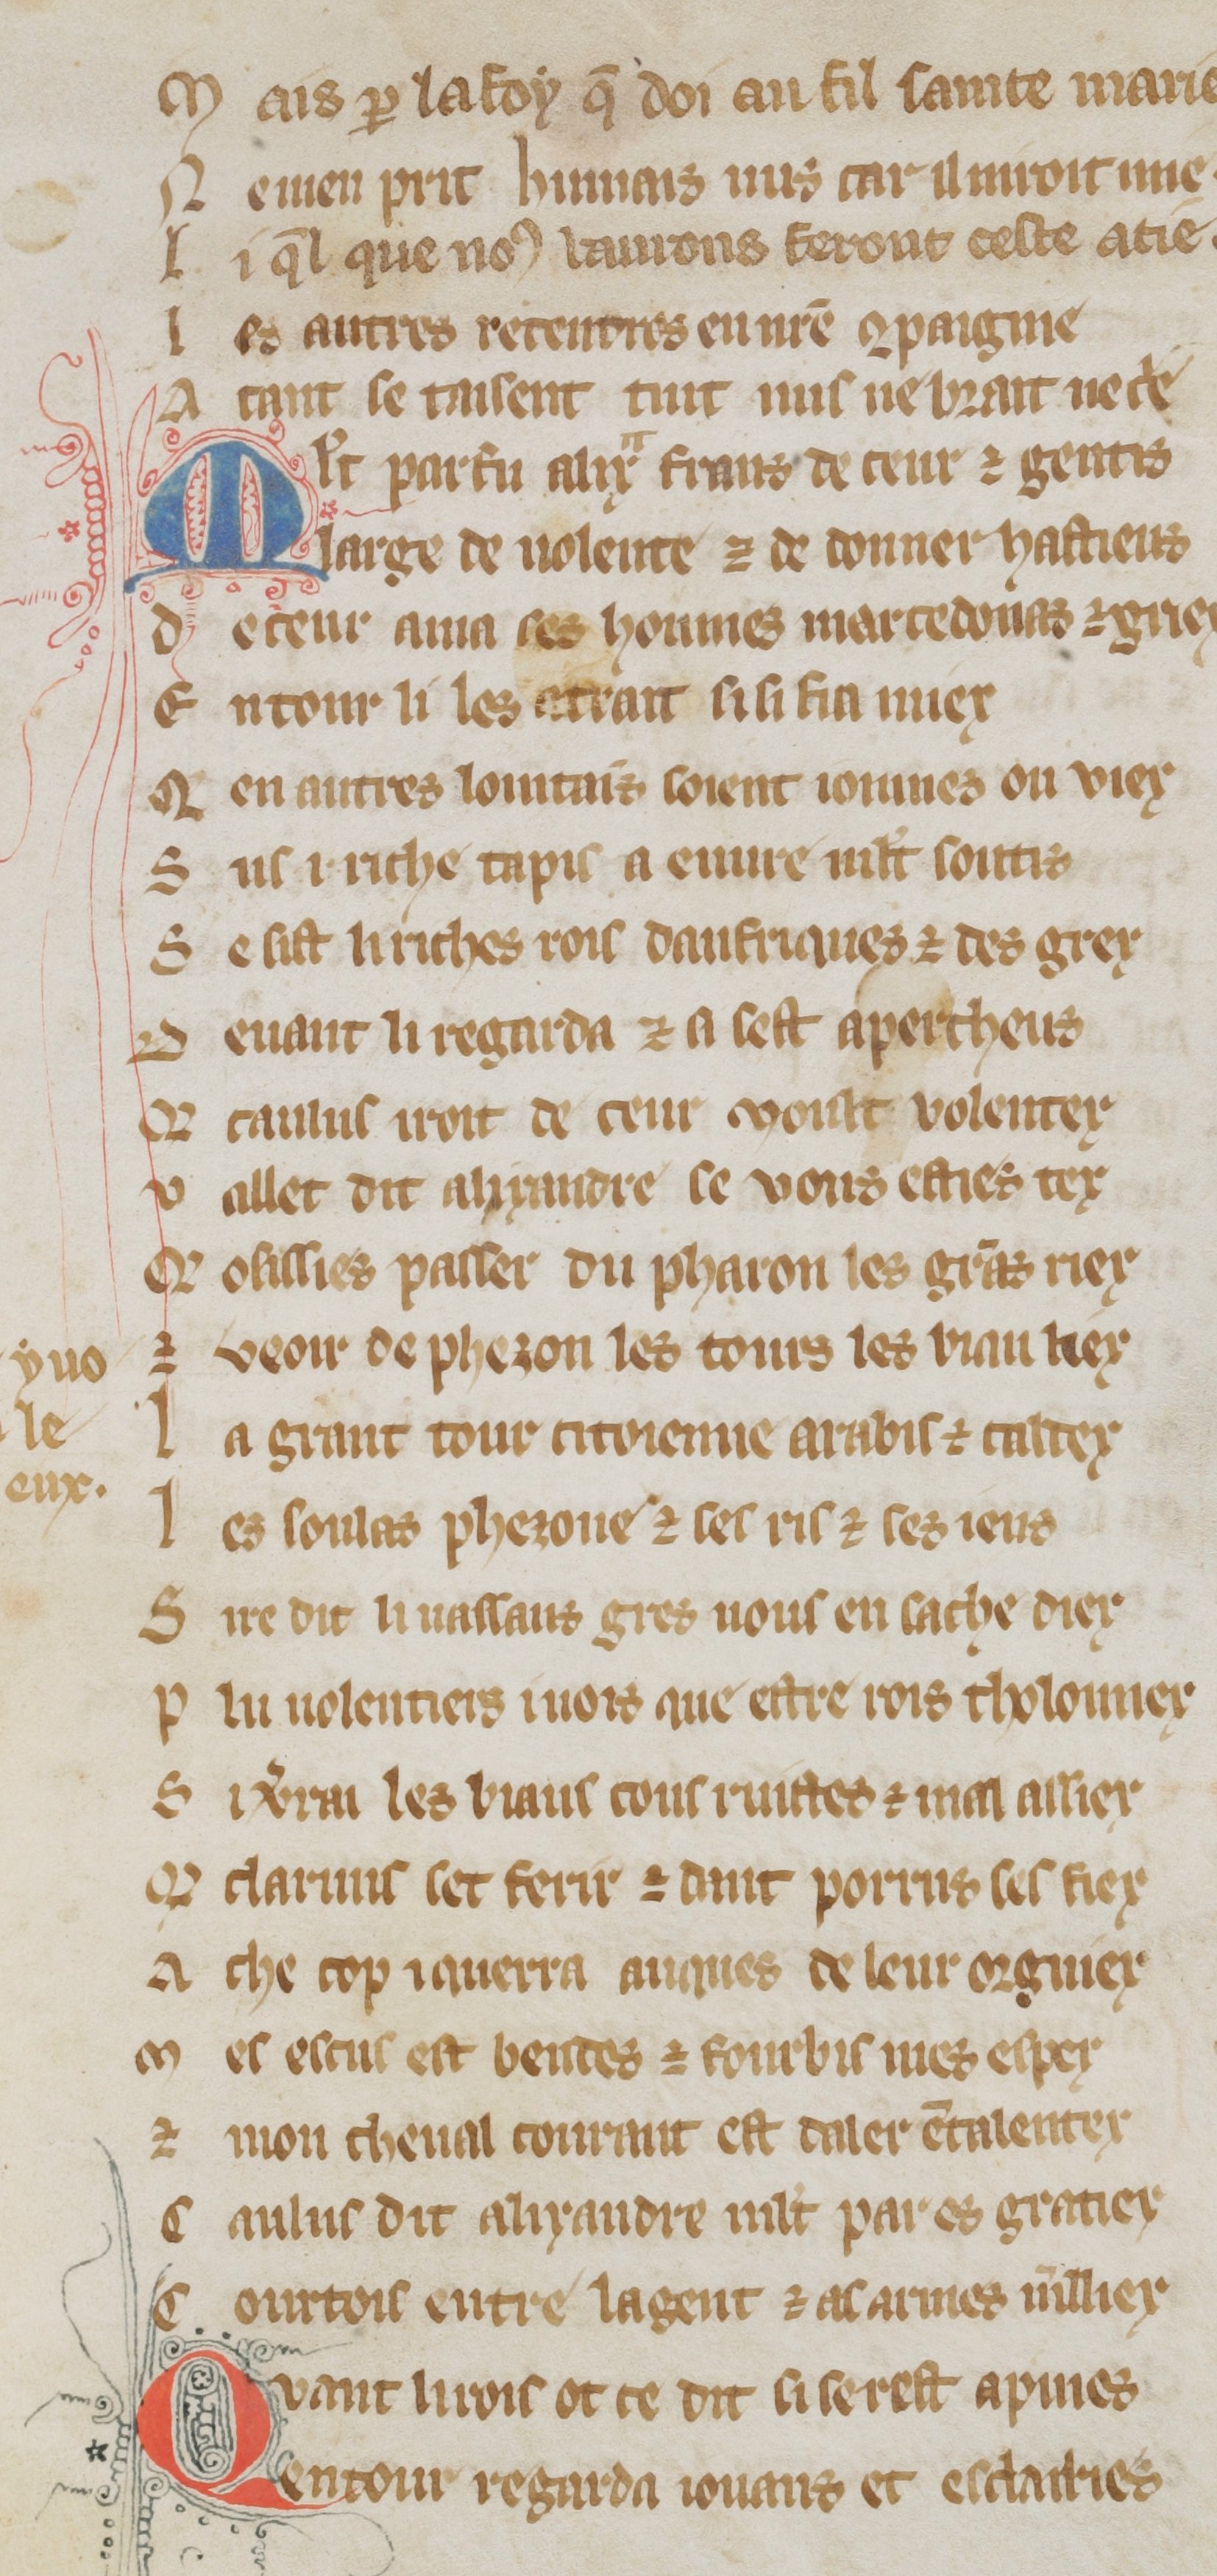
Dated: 1300–1330